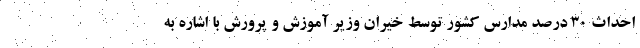
احداث ۳۰ درصد مدارس کشور توسط خیران وزیر آموزش و پرورش با اشاره به